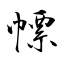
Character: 幖